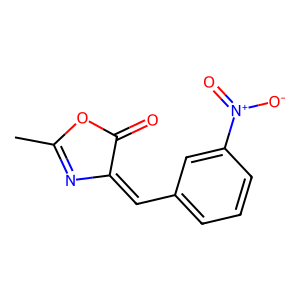
SMILES: CC1=NC(=Cc2cccc([N+](=O)[O-])c2)C(=O)O1
Inhibits HIV replication: No